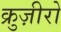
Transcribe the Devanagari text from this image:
क्रुज़ीरो